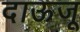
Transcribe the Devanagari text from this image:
दाऊजू